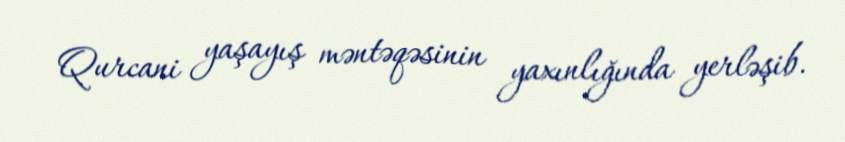
Qurcani yaşayış məntəqəsinin yaxınlığında yerləşib.